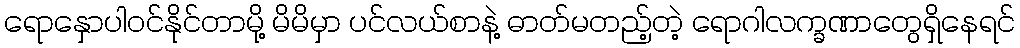
ရောနှောပါဝင်နိုင်တာမို့ မိမိမှာ ပင်လယ်စာနဲ့ ဓာတ်မတည့်တဲ့ ရောဂါလက္ခဏာတွေရှိနေရင်